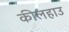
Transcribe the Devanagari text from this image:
कीलहाउ